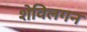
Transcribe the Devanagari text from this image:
शेविलगन